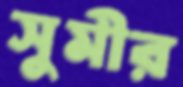
সুমীর